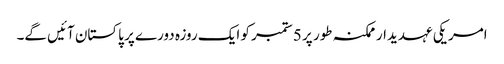
امریکی عہدیدار ممکنہ طور پر 5 ستمبر کو ایک روزہ دورے پر پاکستان آئیں گے۔